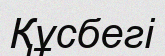
Құсбегі